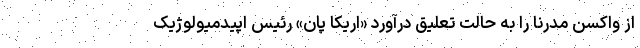
از واکسن مدرنا را به حالت تعلیق درآورد «اریکا پان» رئیس اپیدمیولوژیک